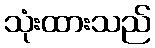
သုံးထားသည်